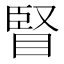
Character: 䁂